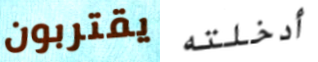
يقتربون أدخلته